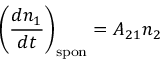
\left( { \frac { d n _ { 1 } } { d t } } \right) _ { \mathrm { s p o n } } = A _ { 2 1 } n _ { 2 }